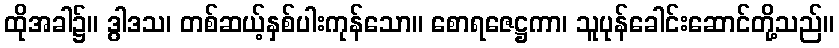
ထိုအခါ၌။ ဒွါဒသ၊ တစ်ဆယ့်နှစ်ပါးကုန်သော။ စောရဇေဋ္ဌကာ၊ သူပုန်ခေါင်းဆောင်တို့သည်။